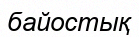
байостық